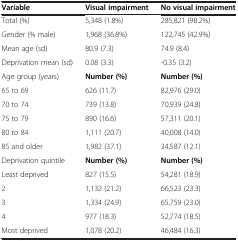
| Variable | Visual impairment | No visual impairment |
 | --- | --- | --- |
 | Total (%) | 5,348 (1.8%) | 285,821 (98.2%) |
 | Gender (% male) | 1,968 (36.8%) | 122,745 (42.9%) |
 | Mean age (sd) | 80.9 (7.3) | 74.9 (8.4) |
 | Deprivation mean (sd) | 0.08 (3.3) | -0.35 (3.2) |
 | Age group (years) | Number (%) | Number (%) |
 | 65 to 69 | 626 (11.7) | 82,976 (29.0) |
 | 70 to 74 | 739 (13.8) | 70,939 (24.8) |
 | 75 to 79 | 890 (16.6) | 57,311 (20.1) |
 | 80 to 84 | 1,111 (20.7) | 40,008 (14.0) |
 | 85 and older | 1,982 (37.1) | 34,587 (12.1) |
 | Deprivation quintile | Number (%) | Number (%) |
 | Least deprived | 827 (15.5) | 54,281 (18.9) |
 | 2 | 1,132 (21.2) | 66,523 (23.3) |
 | 3 | 1,334 (24.9) | 65,759 (23.0) |
 | 4 | 977 (18.3) | 52,774 (18.5) |
 | Most deprived | 1,078 (20.2) | 46,484 (16.3) |